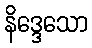
နိဒ္ဒေသော